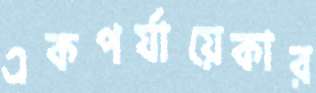
একপর্যায়েকার